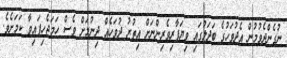
ނުގެންދެވުމުން އެދުވަހުގެ ބަދަލުގައި ވިޔަފާރިވެރިންނަށް އިތުރު ދުވަހެއް ދިނުމަށް ވެސް ހަމަޖެހިފައިވާ ކަމަށެވެ.